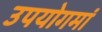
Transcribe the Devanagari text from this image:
उपयोगमां